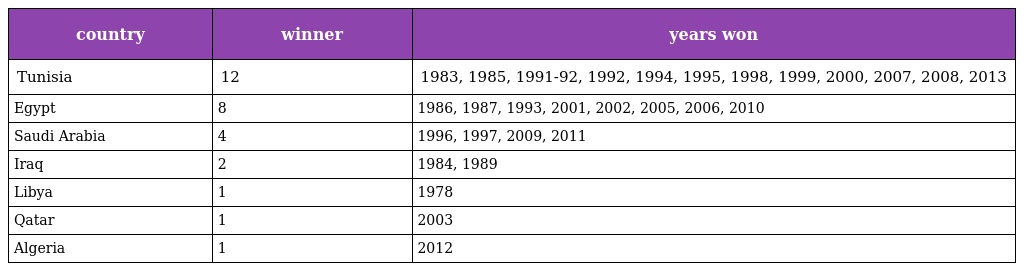
| country | winner | years won |
 | --- | --- | --- |
 | Tunisia | 12 | 1983, 1985, 1991-92, 1992, 1994, 1995, 1998, 1999, 2000, 2007, 2008, 2013 |
 | Egypt | 8 | 1986, 1987, 1993, 2001, 2002, 2005, 2006, 2010 |
 | Saudi Arabia | 4 | 1996, 1997, 2009, 2011 |
 | Iraq | 2 | 1984, 1989 |
 | Libya | 1 | 1978 |
 | Qatar | 1 | 2003 |
 | Algeria | 1 | 2012 |